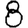
Digit: 8